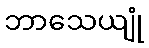
ဘာသေယျုံ